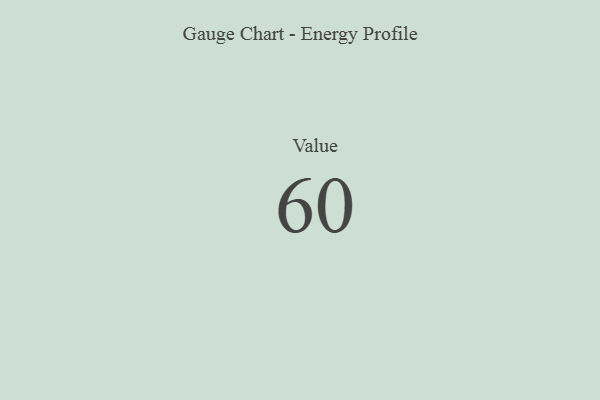
{"axis": {"x": "Metric", "y": "Value"}, "legend": [""], "data": [{"x": "Value", "y": 60, "type": ""}]}